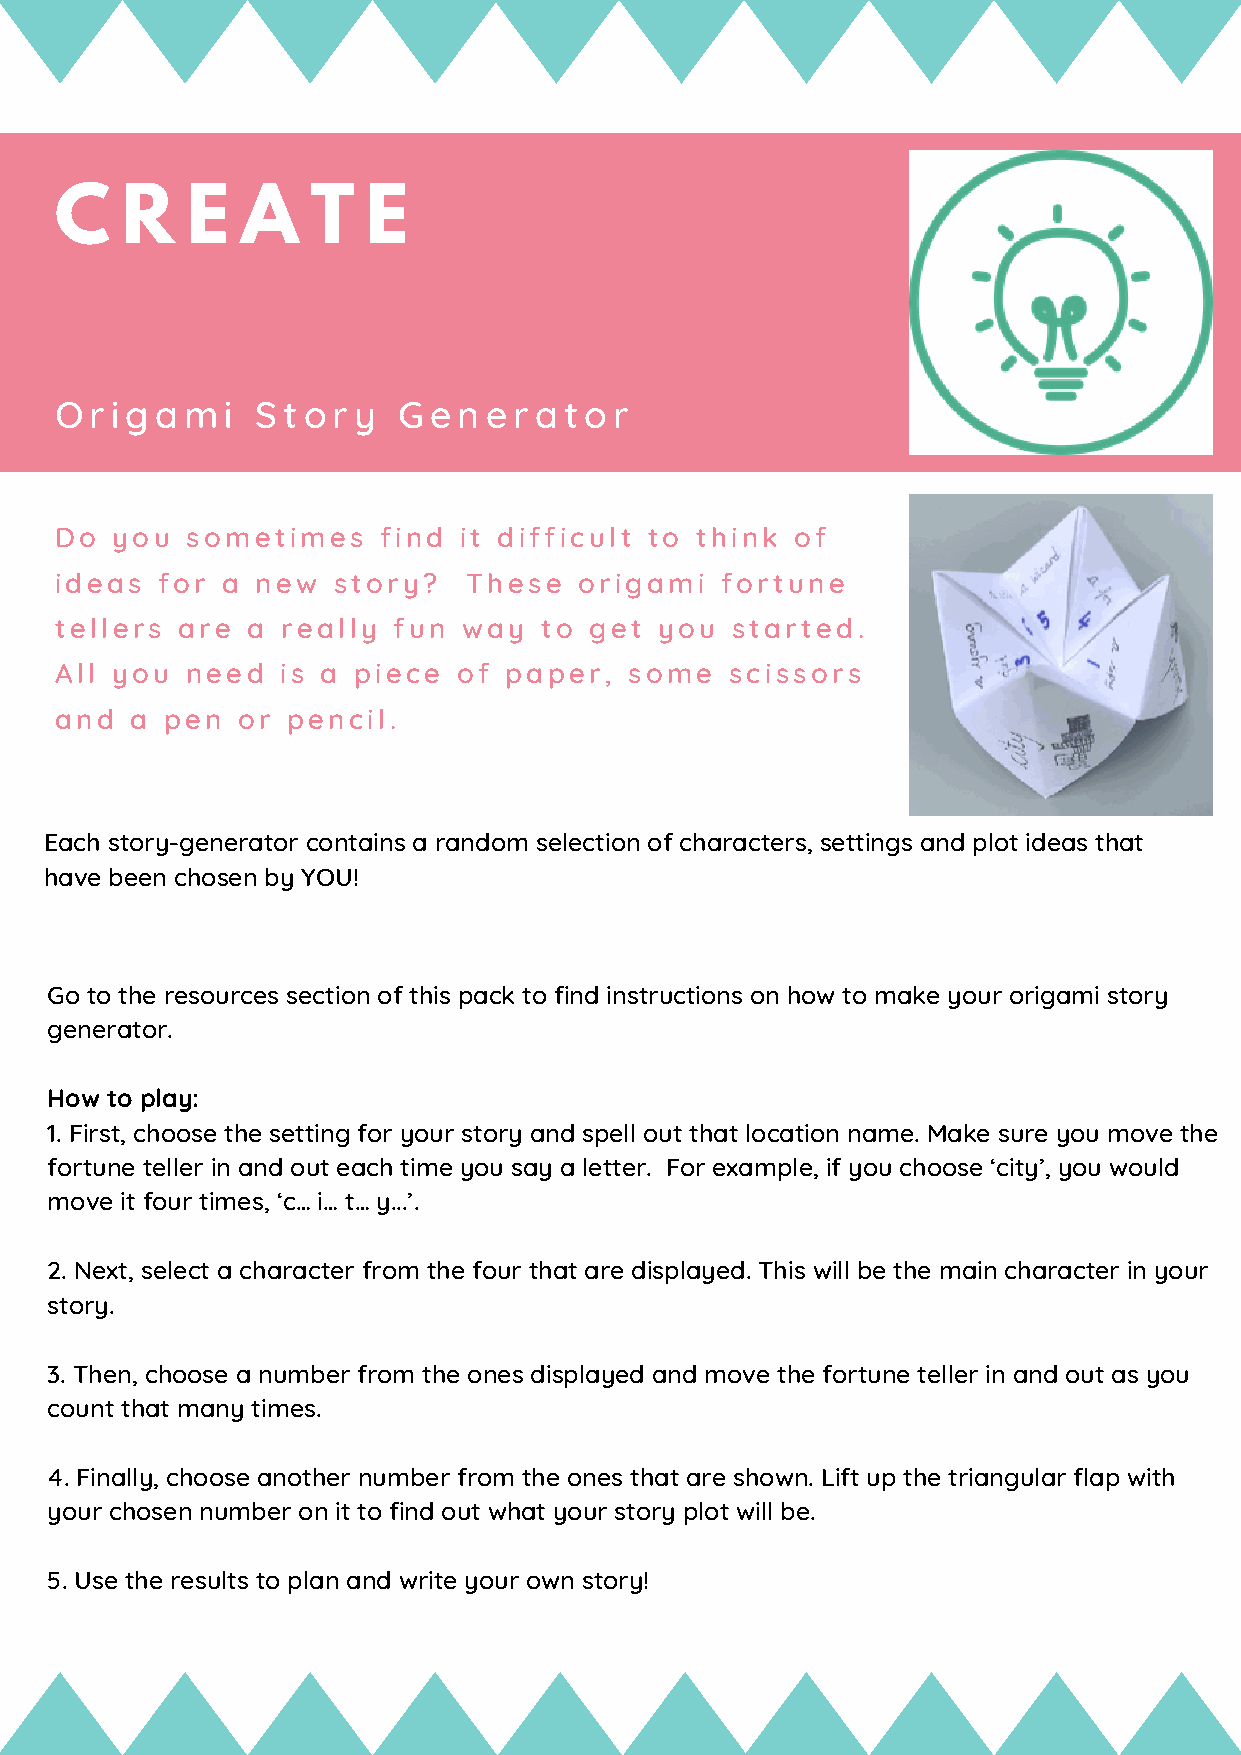
C   R   E   A    T  E
 Origami      Story    Generator
 Do you  sometimes    find it difficult to think  of
 ideas for  a new  story?   These  origami   fortune
 tellers are a  really fun  way  to get  you started.
 All you need   is a piece of paper,   some  scissors
 and  a pen  or pencil.
 Each story-generator contains a random selection of characters, settings and plot ideas that
 have been chosen by YOU!
 Go to the resources section of this pack to find instructions on how to make your origami story
 1                                                 03
 generator.
 How to play:
 1. First, choose the setting for your story and spell out that location name. Make sure you move the
 fortune teller in and out each time you say a letter. For example, if you choose ‘city’, you would
 move it four times, ‘c… i… t… y...’.
 2. Next, select a character from the four that are displayed. This will be the main character in your
 story.
 3. Then, choose a number from the ones displayed and move the fortune teller in and out as you
 count that many times.
 4. Finally, choose another number from the ones that are shown. Lift up the triangular flap with
 your chosen number on it to find out what your story plot will be.
 5. Use the results to plan and write your own story!